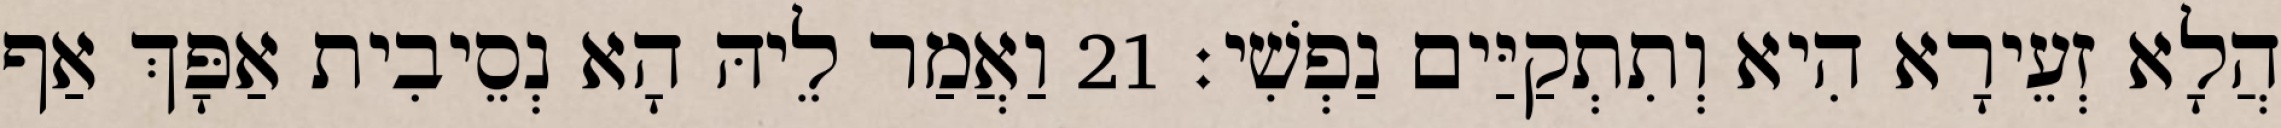
הֲלָא זְעֵירָא הִיא וְתִתְקַיַּים נַפְשִׁי׃ 21 וַאֲמַר לֵיהּ הָא נְסֵיבִית אַפָּךְ אַף